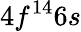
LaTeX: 4f^{14}6s